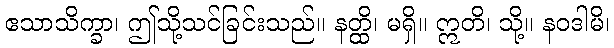
ဧသာသိက္ခာ၊ ဤသို့သင်ခြင်းသည်။ နတ္ထိ၊ မရှိ။ ဣတိ၊ သို့။ နဝဒါမိ၊